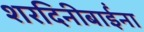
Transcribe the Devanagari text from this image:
शरदिनीबाईंना